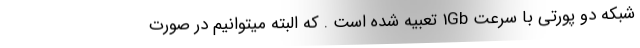
شبکه دو پورتی با سرعت 1Gb تعبیه شده است . که البته میتوانیم در صورت